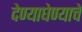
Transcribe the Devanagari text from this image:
देण्याघेण्याचे